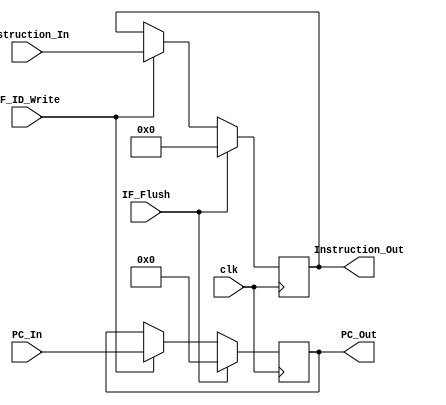
`timescale 1ns / 1ps
//////////////////////////////////////////////////////////////////////////////////
// Company: 
// Engineer: 
// 
// Design Name: 
// Module Name: IF_ID
// Project Name: 
// Target Devices: 
// Tool Versions: 
// Description: 
// 
// Dependencies: 
// 
// Revision:
// Revision 0.01 - File Created
// Additional Comments:
// 
//////////////////////////////////////////////////////////////////////////////////


module IF_ID(clk, PC_In, Instruction_In, PC_Out, Instruction_Out, IF_ID_Write, IF_Flush);

input clk, IF_ID_Write, IF_Flush;
input [63:0] PC_In;
input [31:0] Instruction_In;

output reg [63:0] PC_Out;
output reg [31:0] Instruction_Out;

always@(posedge clk) //Execute Block on the rising edge 0->1
begin
    if (IF_ID_Write == 1) begin
        PC_Out <= PC_In;
        Instruction_Out <= Instruction_In;
    end  
    
    if (IF_Flush == 1) begin
        PC_Out <= 0; //Flush PC
        Instruction_Out <= 0; //Flush Instruction
    end
end
endmodule